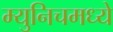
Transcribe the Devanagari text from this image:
म्युनिचमध्ये